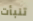
تنبأت